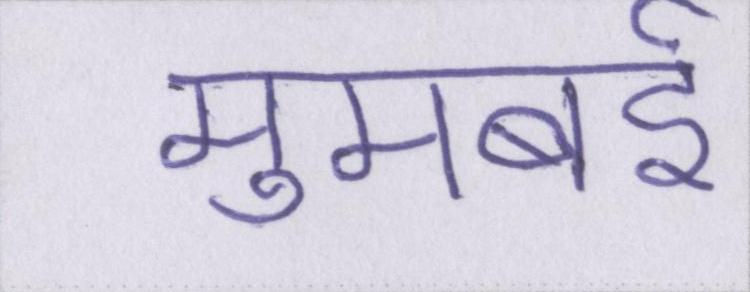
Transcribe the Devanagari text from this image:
मुमबई